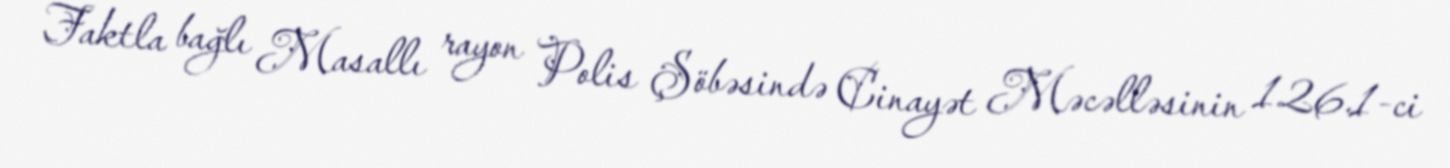
Faktla bağlı Masallı rayon Polis Şöbəsində Cinayət Məcəlləsinin 126.1-ci